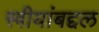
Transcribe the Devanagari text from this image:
स्त्रीयांबद्दल